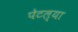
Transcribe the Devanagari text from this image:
पेटल्या